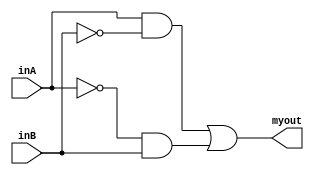
`timescale 1ns/1ns

module my_xor( output myout, input inA, input inB);
  wire x, y, not_inA, not_inB;
  and(x,inA,not_inB);
  and(y,not_inA, inB);
  not(not_inA,inA);
  not(not_inB,inB);
  or(myout,x,y);
endmodule